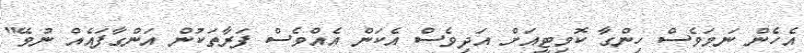
އެހެން ނަމަވެސް ހިންގާ ކޮމިޓީއަށް އަދިވެސް އެކަން އެއްވެސް ފަރާތަކުން އަންގާފައެއް ނުވޭ"